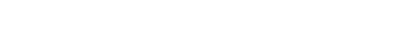
မမေ့မလျော့ကုန်သည်ဖြစ်၍။ ဝိဟရိဿာမ၊ နေကုန်အံ့။ ဣတိ၊ ဤသို့။ သိက္ခိတဗ္ဗံ၊